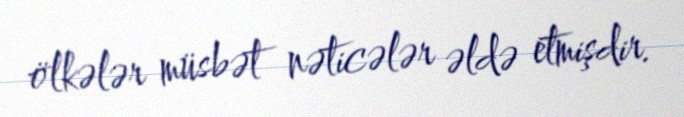
ölkələr müsbət nəticələr əldə etmişdir.